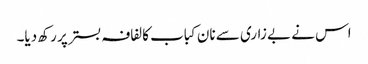
اس نے بے زاری سے نان کباب کا لفافہ بستر پر رکھ دیا۔